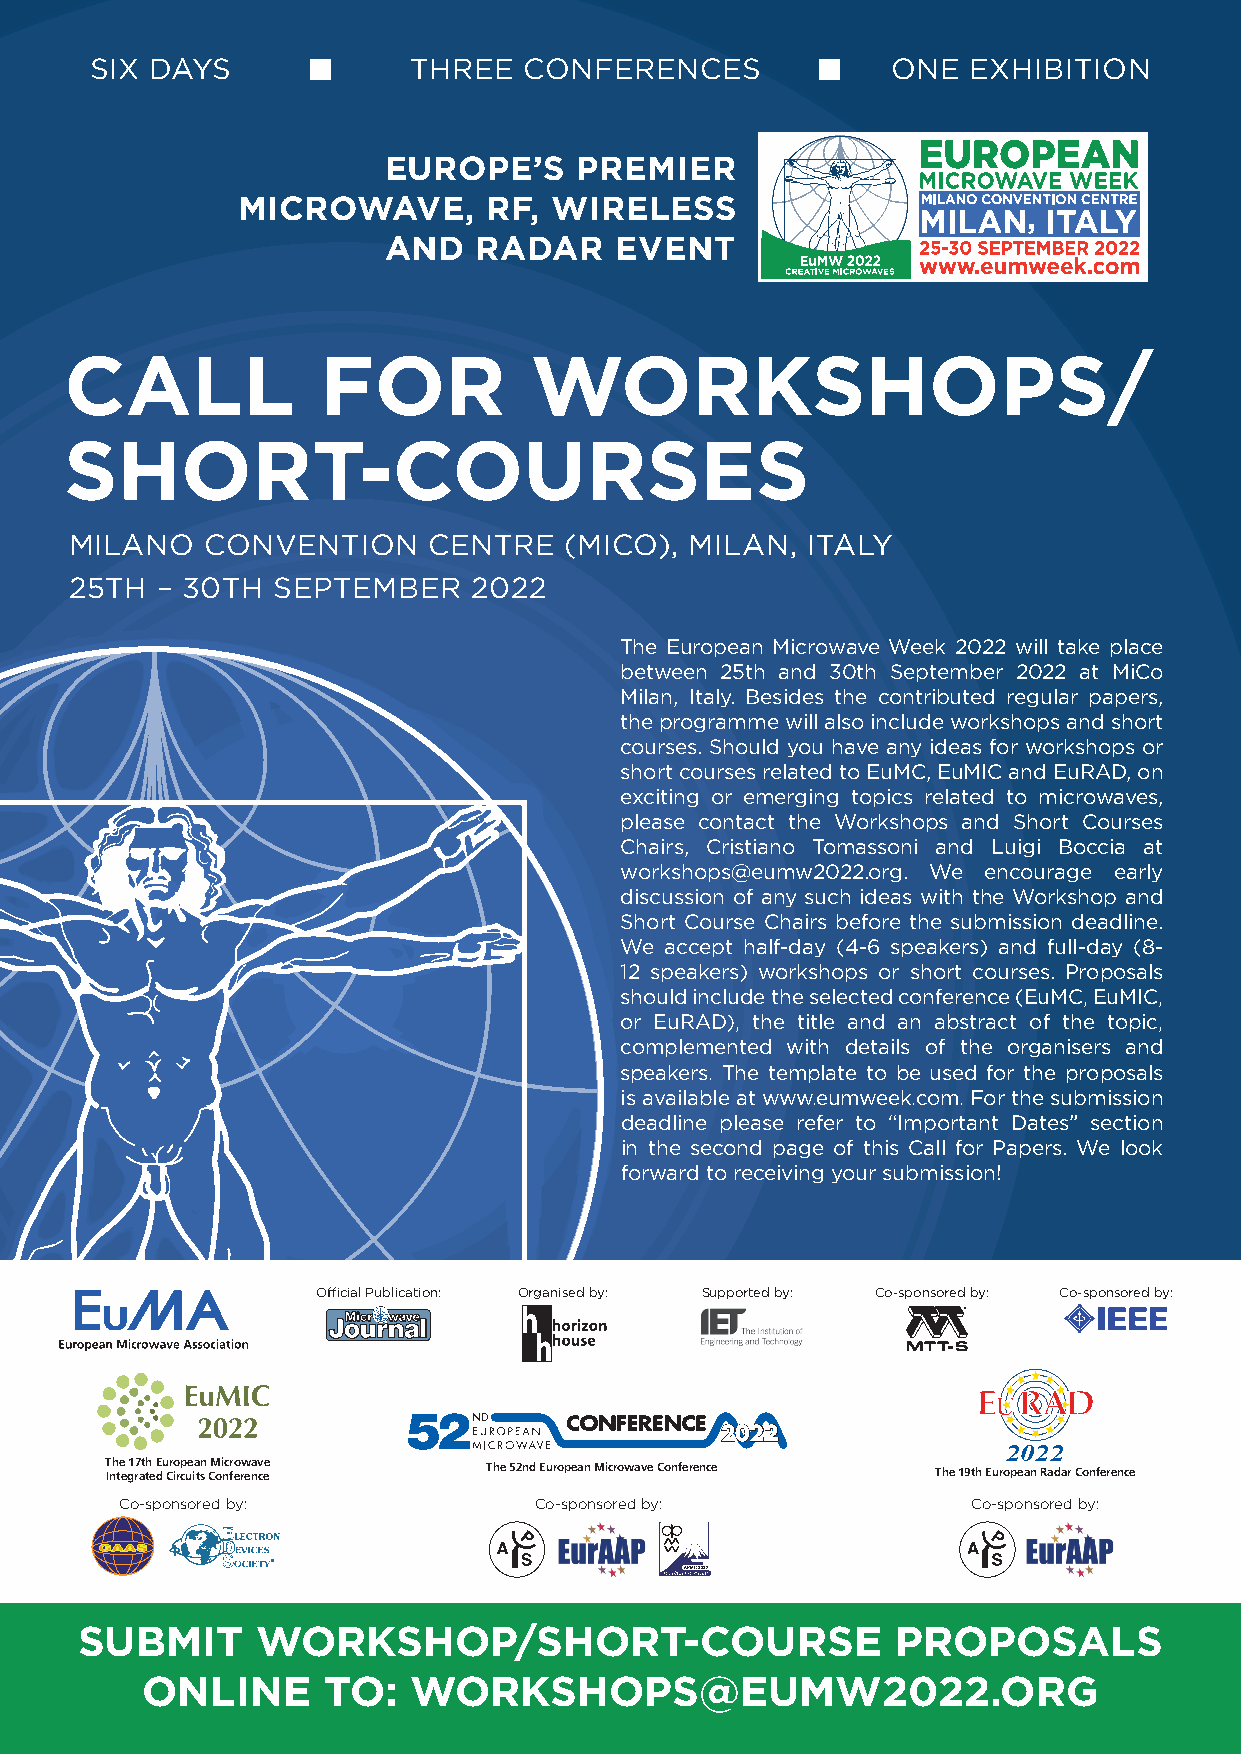
SIX DAYS             THREE   CONFERENCES             ONE  EXHIBITION
 EUROPE’S     PREMIER
 MICROWAVE,      RF, WIRELESS
 AND    RADAR    EVENT
 CALL             FOR           WORKSHOPS/
 SHORT-COURSES
 MILANO   CONVENTION    CENTRE   (MICO),  MILAN, ITALY
 25TH – 30TH  SEPTEMBER    2022
 The European Microwave Week 2022 will take place
 between 25th and 30th September 2022 at MiCo
 Milan, Italy. Besides the contributed regular papers,
 the programme will also include workshops and short
 courses. Should you have any ideas for workshops or
 short courses related to EuMC, EuMIC and EuRAD, on
 exciting or emerging topics related to microwaves,
 please contact the Workshops and Short Courses
 Chairs, Cristiano Tomassoni and Luigi Boccia at
 workshops@eumw2022.org. We encourage early
 discussion of any such ideas with the Workshop and
 Short Course Chairs before the submission deadline.
 We accept half-day (4-6 speakers) and full-day (8-
 12 speakers) workshops or short courses. Proposals
 should include the selected conference (EuMC, EuMIC,
 or EuRAD), the title and an abstract of the topic,
 complemented with details of the organisers and
 speakers. The template to be used for the proposals
 is available at www.eumweek.com. For the submission
 deadline please refer to “Important Dates” section
 in the second page of this Call for Papers. We look
 forward to receiving your submission!
 Official Publication: Organised by: Supported by: Co-sponsored by: Co-sponsored by:
 52ND
 2022
 2022
 T Inh te e g1 r7 at th e E du Cr io rp cue ia tsn CM oi nc fro erw enav cee The 52nd European Microwave Conference The 19th European Radar Conference
 Co-sponsored by:           Co-sponsored by:             Co-sponsored by:
 ®
 SUBMIT      WORKSHOP/SHORT-COURSE                     PROPOSALS
 ONLINE      TO:   WORKSHOPS@EUMW2022.ORG